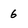
Character: 6